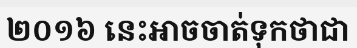
២០១៦ នេះអាចចាត់ទុកថាជា